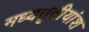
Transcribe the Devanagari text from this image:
मध्यतृतीयांश